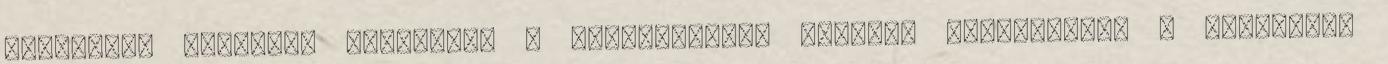
következő tizenkét hónapban, a háborúskodás ugyanis akadályozta a gazdákat,